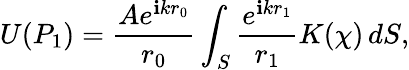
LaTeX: U(P_{1})={\frac{Ae^{\mathbf{i}kr_{0}}}{r_{0}}}\int_{S}{\frac{e^{\mathbf{i}kr_{1}}}{r_{1}}}K(\chi)\, dS,